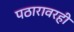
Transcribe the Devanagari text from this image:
पठारावरही